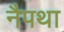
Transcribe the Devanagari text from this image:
नैपथा